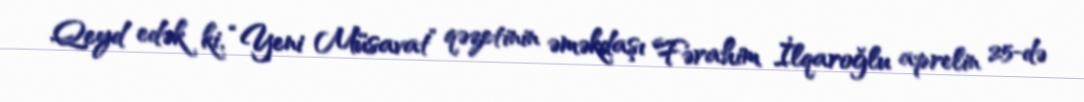
Qeyd edək ki, “Yeni Müsavat” qəzetinin əməkdaşı Fərahim İlqaroğlu aprelin 25-də